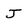
Character: J